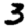
Digit: 3